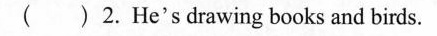
( ) 2.He's drawing books and birds.